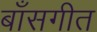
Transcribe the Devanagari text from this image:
बाँसगीत